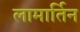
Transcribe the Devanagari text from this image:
लामार्तिन